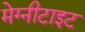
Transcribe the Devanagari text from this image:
मेग्नीटाइट